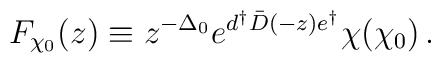
F_{\chi_0}(z)\equiv z^{-\Delta_0}e^{d^\dagger\bar D(-z)e^\dagger}\chi(\chi_0)\,.